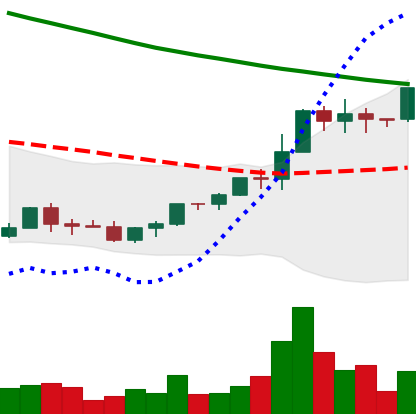
Ticker: EOS-USD
Chart end date: 2022-03-27
Forward return: 6.559%
Label: up_5_7